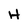
Character: H